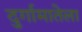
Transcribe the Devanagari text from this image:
दुर्गामातेला